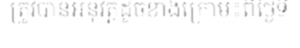
ត្រូវបានអនុវត្តដូចខាងក្រោម៖ពីថ្ងៃទី